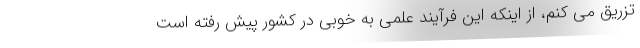
تزریق می کنم، از اینکه این فرآیند علمی به خوبی در کشور پیش رفته است